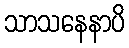
သာသနေနာပိ